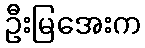
ဦးမြအေးက